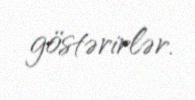
göstərirlər.